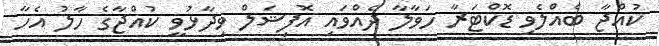
ކުއްޖާ ބެއްލެވި ޑޮކްޓަރާ ހަވާލާ ދެއްވައި އޮފިޝަލް ވިދާޅުވީ ކުއްޖާގެ ހާލު އެހާ